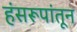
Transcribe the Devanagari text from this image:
हंसरूपांतून